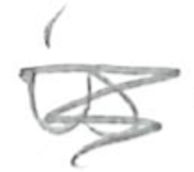
Text: is
Cross-out: scratch
Writing tool: pencil